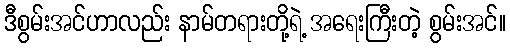
ဒီစွမ်းအင်ဟာလည်း နာမ်တရားတို့ရဲ့ အရေးကြီးတဲ့ စွမ်းအင်။